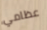
عظامي